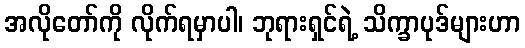
အလိုတော်ကို လိုက်ရမှာပါ၊ ဘုရားရှင်ရဲ့ သိက္ခာပုဒ်များဟာ